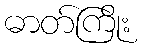
ဓာတ်ကြိုး